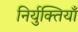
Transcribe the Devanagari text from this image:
निर्युक्तियाँ